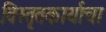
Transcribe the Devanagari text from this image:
विस्तृतकार्याचा